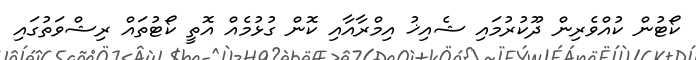
ކޯޓުން ކުއްވެރިން ދޫކުރުމައި ޝެއިޚު އިމްރާއާއި ކޮން ގުޅުމެއް އޮތީ ކޯޓުތައް ރިޝްވަތުގައި